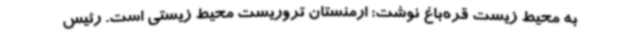
به محیط زیست قره‌باغ نوشت: ارمنستان تروریست محیط زیستی است. رئیس‌